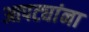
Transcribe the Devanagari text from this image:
आपट्यांना